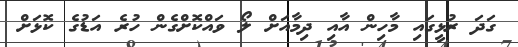
ގަދަ ރުޅީގައި މާހިން އާއި ދިމާއަށް ލޯ ވައްކޮށްގެން ހުރެ އަޑުގެ ކޮޅަށް